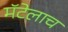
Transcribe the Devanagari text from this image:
मॅटेलाच